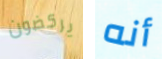
يركضون أنه